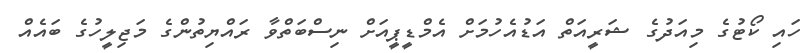
ހައި ކޯޓުގެ މިއަދުގެ ޝަރީއަތް އަޑުއެހުމަށް އެމްޑީޕީއަށް ނިސްބަތްވާ ރައްޔިތުންގެ މަޖިލީހުގެ ބައެއް